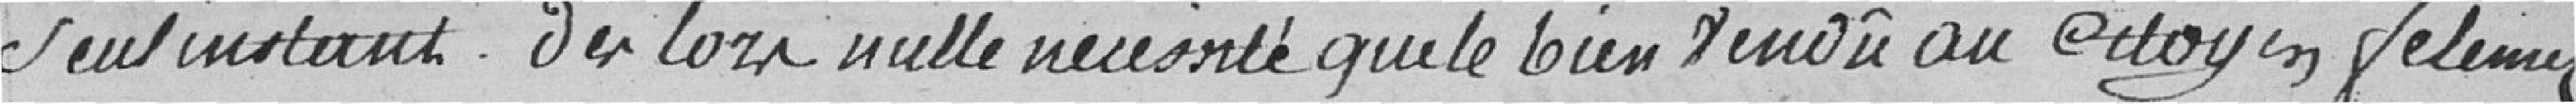
seul instant. Dés lors nulle nécessité que le bien vendû au citoyen Felemez